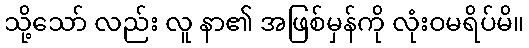
သို့သော် လည်း လူ နာ၏ အဖြစ်မှန်ကို လုံးဝမရိပ်မိ။